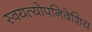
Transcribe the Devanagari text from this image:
स्वयत्योपनिवेशिय